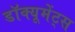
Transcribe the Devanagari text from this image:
डॉक्यूमेंट्स